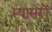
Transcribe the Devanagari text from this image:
म्षासरों